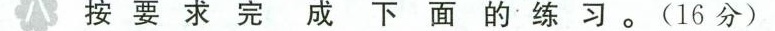
八 按要求完成下面的练习。(16分)